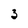
Character: 3